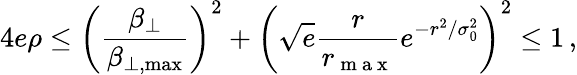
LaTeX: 4e\rho\le\left(\frac{\beta_{\perp}}{\beta_{\perp,\operatorname*{max}}}\right)^{2}+\left(\sqrt{e}\frac{r}{r_{\mathrm{~m~a~x~}}}e^{-r^{2}/\sigma_{0}^{2}}\right)^{2}\leq 1\, ,